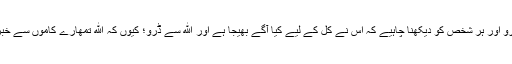
الله سے ڈرو اور ہر شخص کو دیکھنا چاہیے کہ اس نے کل کے لیے کیا آگے بھیجا ہے اور الله سے ڈرو؛ کیوں کہ الله تمھارے کاموں سے خبردار ہے“۔